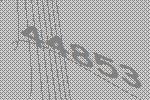
44853